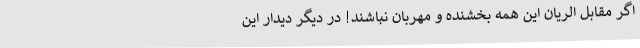
اگر مقابل الریان این همه بخشنده و مهربان نباشند! در دیگر دیدار این